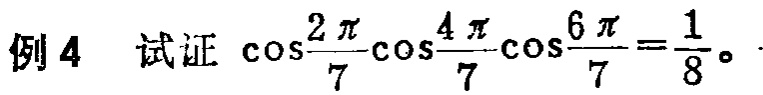
例4 试证\(\cos\frac{2\pi}{7}\cos\frac{4\pi}{7}\cos\frac{6\pi}{7}=\frac{1}{8}\)。